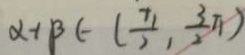
\alpha + \beta \in ( \frac { \pi } { 2 } , \frac { 3 } { 2 } \pi )